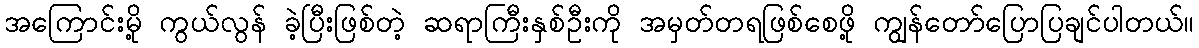
အကြောင်းမို့ ကွယ်လွန် ခဲ့ပြီးဖြစ်တဲ့ ဆရာကြီးနှစ်ဦးကို အမှတ်တရဖြစ်စေဖို့ ကျွန်တော်ပြောပြချင်ပါတယ်။